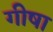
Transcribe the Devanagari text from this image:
गीषा